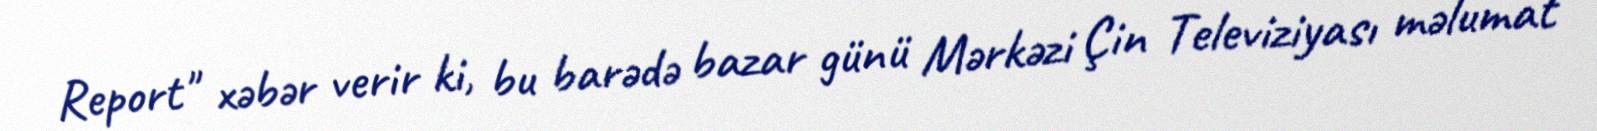
Report" xəbər verir ki, bu barədə bazar günü Mərkəzi Çin Televiziyası məlumat